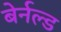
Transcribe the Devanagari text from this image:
बेर्नल्ड